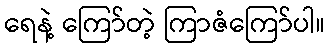
ရေနဲ့ ကြော်တဲ့ ကြာဇံကြော်ပါ။